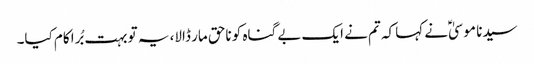
سیدنا موسیٰؑ نے کہا کہ تم نے ایک بے گناہ کو ناحق مار ڈالا، یہ تو بہت بُرا کام کیا۔